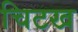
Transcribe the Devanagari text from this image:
चिटख